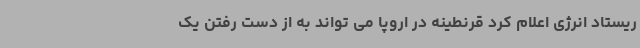
ریستاد انرژی اعلام کرد قرنطینه در اروپا می تواند به از دست رفتن یک